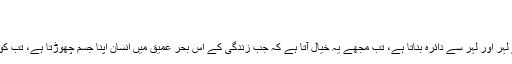
“
”بس، اب مزید نہیں“
”زری، یہ پتھر جب پانی سے لہر اور لہر سے دائرہ بناتا ہے، تب مجھے یہ خیال آتا ہے کہ جب زندگی کے اس بحر عمیق میں انسان اپنا جسم چھوڑتا ہے، تب کوئی بھی لرزش پیدا نہیں ہوتی۔